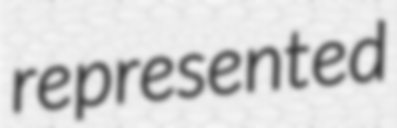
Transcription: represented